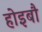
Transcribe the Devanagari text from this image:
होइबौ